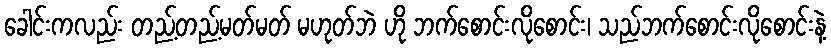
ခေါင်းကလည်း တည့်တည့်မတ်မတ် မဟုတ်ဘဲ ဟို ဘက်စောင်းလိုစောင်း၊ သည်ဘက်စောင်းလိုစောင်းနဲ့